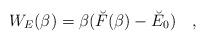
LaTeX: \begin{align*}W_E(\beta)=\beta (\breve{F}(\beta) - \breve{E}_0)~~~,\end{align*}